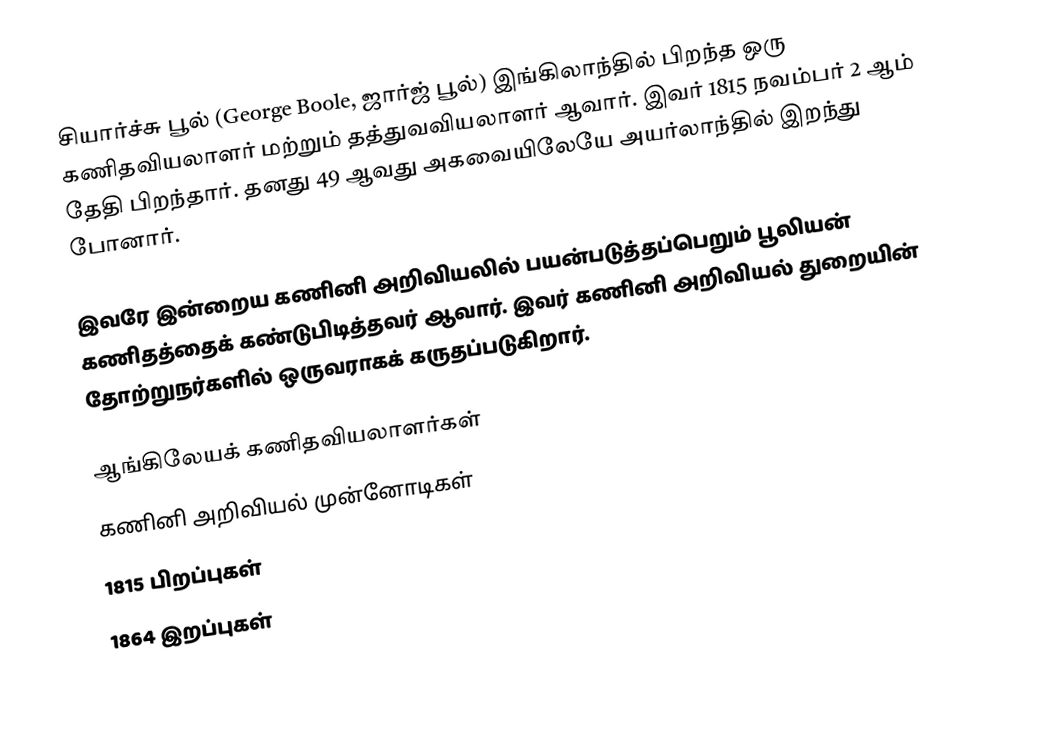
சியார்ச்சு பூல் (George Boole, ஜார்ஜ் பூல்) இங்கிலாந்தில் பிறந்த ஒரு கணிதவியலாளர் மற்றும் தத்துவவியலாளர் ஆவார். இவர் 1815 நவம்பர் 2 ஆம் தேதி பிறந்தார். தனது 49 ஆவது அகவையிலேயே அயர்லாந்தில் இறந்து போனார்.

இவரே இன்றைய கணினி அறிவியலில் பயன்படுத்தப்பெறும் பூலியன் கணிதத்தைக் கண்டுபிடித்தவர் ஆவார். இவர் கணினி அறிவியல் துறையின் தோற்றுநர்களில் ஒருவராகக் கருதப்படுகிறார்.

ஆங்கிலேயக் கணிதவியலாளர்கள்
கணினி அறிவியல் முன்னோடிகள்
1815 பிறப்புகள்
1864 இறப்புகள்